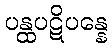
ပန္ထပဋိပန္နေ